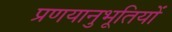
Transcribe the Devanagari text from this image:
प्रणयानुभूतियों